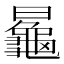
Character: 𱢲